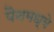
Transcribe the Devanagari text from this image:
पैनमध्ये